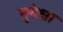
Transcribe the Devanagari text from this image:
सुदेश्ना